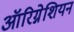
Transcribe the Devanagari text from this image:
ऑरिग्नेशियन